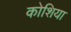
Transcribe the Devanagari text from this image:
कोशिया